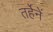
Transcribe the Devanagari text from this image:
तर्हेनें